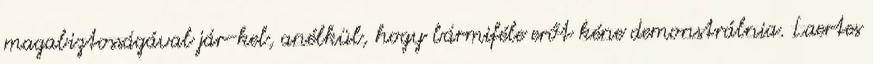
magabiztosságával jár-kel, anélkül, hogy bármiféle erőt kéne demonstrálnia. Laertes